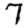
Digit: 7